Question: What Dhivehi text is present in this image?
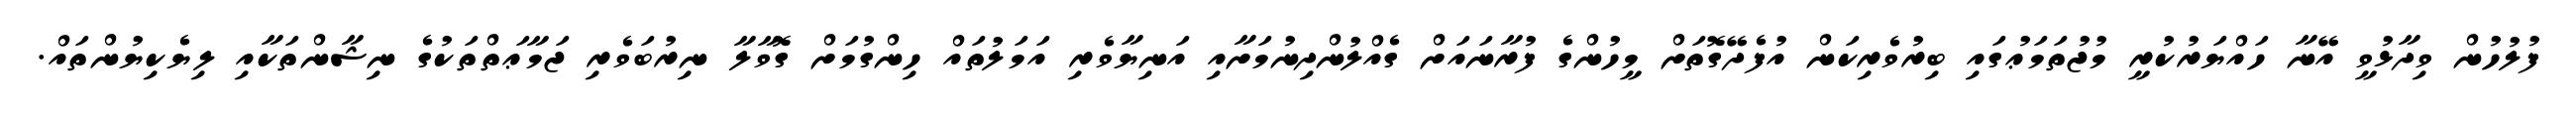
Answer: ފުލުހުން ވިދާޅުވީ އޭނާ ހައްޔަރުކުރީ މުޖުތަމަޢުގައި ބިރުވެރިކަން އުފެދޭގޮތަށް މީހުންގެ ފުރާނައަށް ގެއްލުންދިނުމަށާއި އަނިޔާވެރި އަމަލުތައް ހިންގުމަށް ގޮވާލާ ނިރުބަވެރި ޖަމާޢަތްތަކުގެ ނިޝާންތަކާއި ލިޔެކިޔުންތައް.